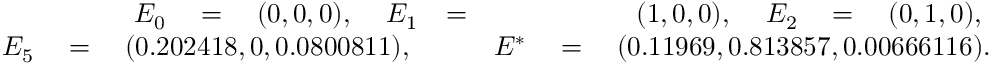
\begin{array} { r l r } { E _ { 0 } \quad = \quad ( 0 , 0 , 0 ) \mathrm { , ~ } \quad E _ { 1 } } & { = } & { ( 1 , 0 , 0 ) \mathrm { , ~ } \quad E _ { 2 } \quad = \quad ( 0 , 1 , 0 ) \mathrm { , ~ } } \\ { E _ { 5 } \quad = \quad ( 0 . 2 0 2 4 1 8 , 0 , 0 . 0 8 0 0 8 1 1 ) \mathrm { , ~ } } & { } & { E ^ { * } \quad = \quad ( 0 . 1 1 9 6 9 , 0 . 8 1 3 8 5 7 , 0 . 0 0 6 6 6 1 1 6 ) . } \end{array}